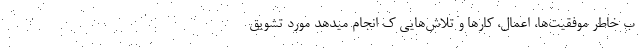
ب خاطر موفقیت‌ها، اعمال، کارها و تلاش‌هایی ک انجام میدهد مورد تشویق